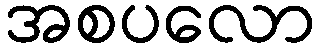
အစပလော